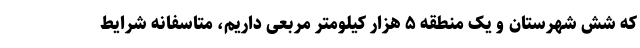
که شش شهرستان و یک منطقه ۵ هزار کیلومتر مربعی داریم، متاسفانه شرایط